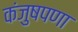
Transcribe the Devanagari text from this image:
कंजुषपणा